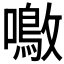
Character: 𫬚